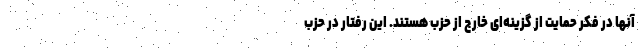
آنها در فکر حمایت از گزینه‌ای خارج از حزب هستند. این رفتار در حزب